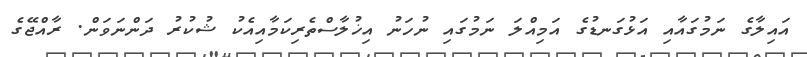
އައިލާގެ ނަމުގައާއި އަޅުގަނޑުގެ އަމިއްލަ ނަމުގައި ނުހަނު އިޚުލާސްތެރިކަމާއިއެކު ޝުކުރު ދަންނަވަން. ރާއްޖޭގެ